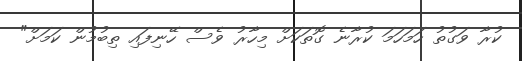
ކުރާ ވަގުތު ހަމަހަމަ ކުރާނެ ގޮތަކަށް މިހާރު ވެސް ހޭނިފައި ތިބުމުން ކަމަށް"